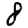
Digit: 8